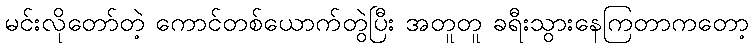
မင်းလိုတော်တဲ့ ကောင်တစ်ယောက်တွဲပြီး အတူတူ ခရီးသွားနေကြတာကတော့